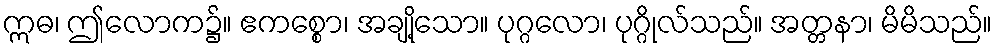
ဣဓ၊ ဤလောက၌။ ဧကစ္စော၊ အချို့သော။ ပုဂ္ဂလော၊ ပုဂ္ဂိုလ်သည်။ အတ္တနာ၊ မိမိသည်။